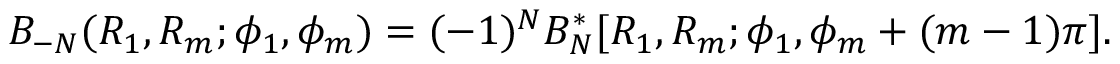
B _ { - N } ( R _ { 1 } , R _ { m } ; \phi _ { 1 } , \phi _ { m } ) = ( - 1 ) ^ { N } B _ { N } ^ { \mathrm { * } } [ R _ { 1 } , R _ { m } ; \phi _ { 1 } , \phi _ { m } + ( m - 1 ) \pi ] .